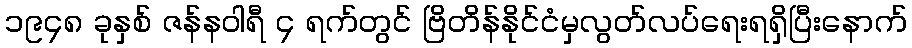
၁၉၄၈ ခုနှစ် ဇန်နဝါရီ ၄ ရက်တွင် ဗြိတိန်နိုင်ငံမှလွတ်လပ်ရေးရရှိပြီးနောက်